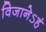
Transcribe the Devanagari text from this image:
विजानेऽहं